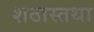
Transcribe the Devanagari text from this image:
शठास्तथा